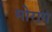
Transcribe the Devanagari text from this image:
मोराग